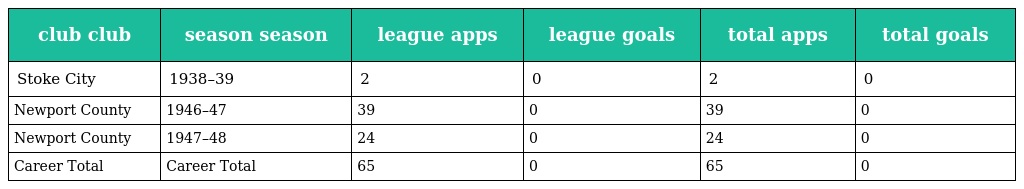
| club club | season season | league apps | league goals | total apps | total goals |
 | --- | --- | --- | --- | --- | --- |
 | Stoke City | 1938–39 | 2 | 0 | 2 | 0 |
 | Newport County | 1946–47 | 39 | 0 | 39 | 0 |
 | Newport County | 1947–48 | 24 | 0 | 24 | 0 |
 | Career Total | Career Total | 65 | 0 | 65 | 0 |